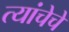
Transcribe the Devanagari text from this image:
त्यांचेचे